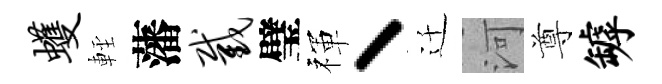
蠖䡖藩截璧禈丶迁河尊罅